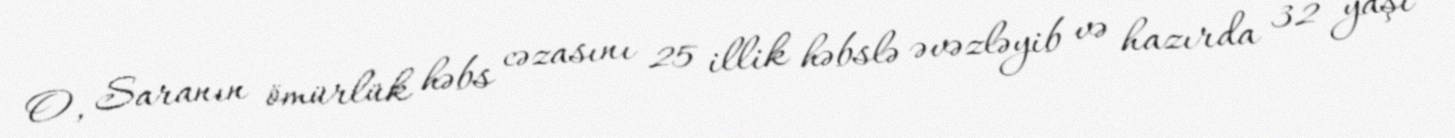
O, Saranın ömürlük həbs cəzasını 25 illik həbslə əvəzləyib və hazırda 32 yaşı